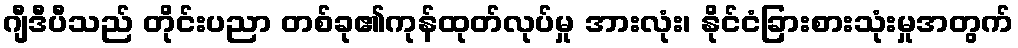
ဂျီဒီပီသည် တိုင်းပညာ တစ်ခု၏ကုန်ထုတ်လုပ်မှု အားလုံး၊ နိုင်ငံခြားစားသုံးမှုအတွက်